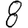
Digit: 8